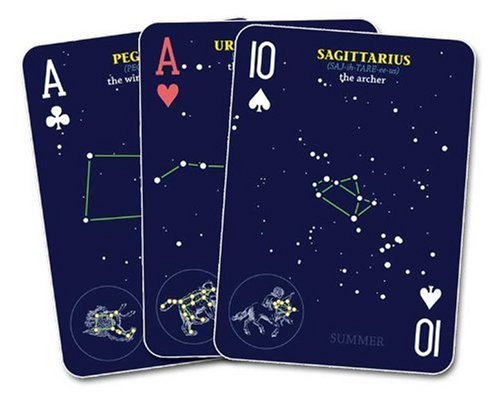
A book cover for Night Sky Playing Cards; Jonathan Poppele; Humor & Entertainment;